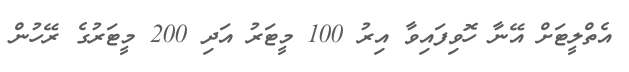
އެތްލީޓަށް އޭނާ ހޮވިފައިވާ އިރު 100 މީޓަރު އަދި 200 މީޓަރުގެ ރޭހުން